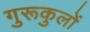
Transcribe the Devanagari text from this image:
गुरूकुलों